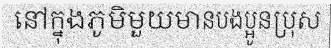
នៅក្នុងភូមិមួយមានបងប្អូនប្រុស